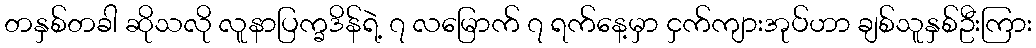
တနှစ်တခါ ဆိုသလို လူနာပြက္ခဒိန်ရဲ့ ၇ လမြောက် ၇ ရက်နေ့မှာ ငှက်ကျားအုပ်ဟာ ချစ်သူနှစ်ဦးကြား